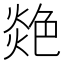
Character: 𦫟